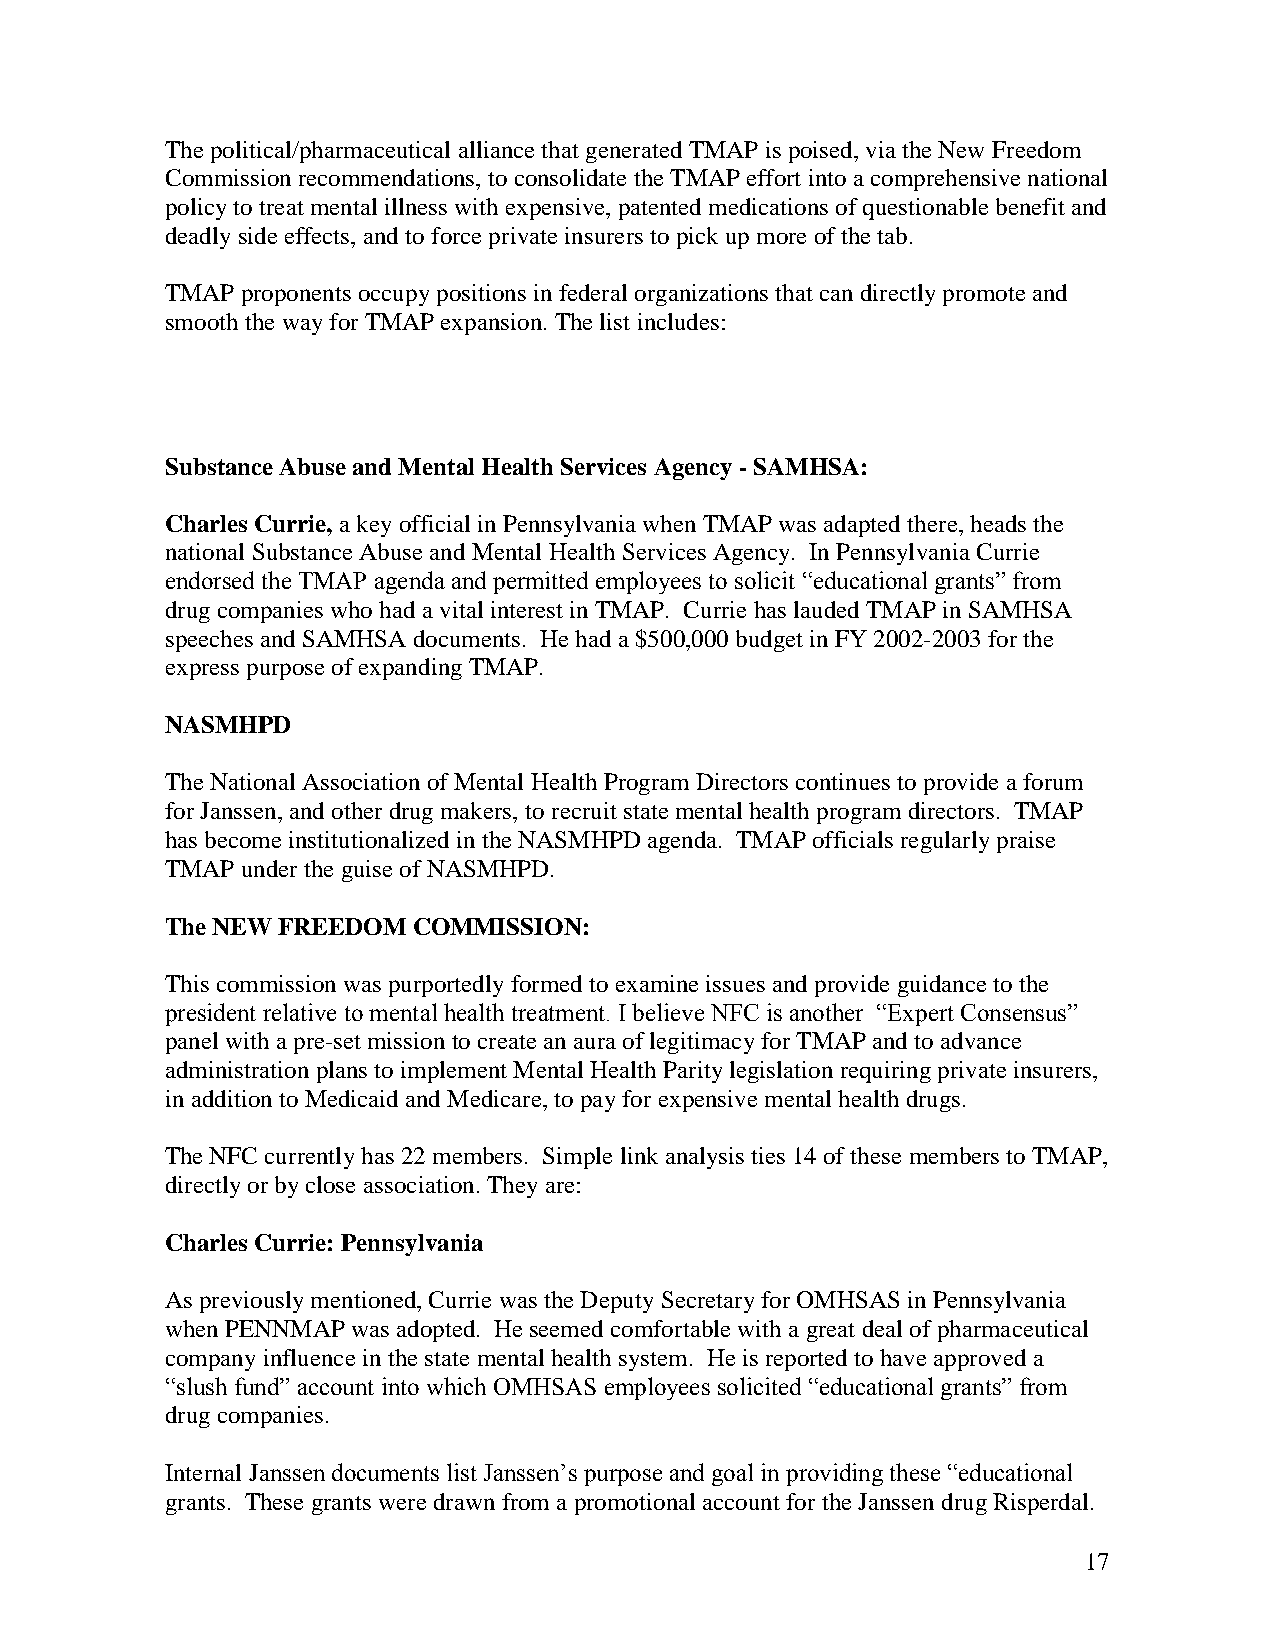
Thepolitical/pharmaceutical alliancethat generatedTMAP is poised,viatheNew Freedom
 Commissionrecommendations, toconsolidatetheTMAP effort intoacomprehensivenational
 policytotreat mental illness withexpensive,patentedmedications ofquestionablebenefit and
 deadlysideeffects, andtoforceprivateinsurers topickupmoreofthetab.
 TMAP proponents occupypositions infederal organizations that candirectlypromoteand
 smooththewayforTMAP expansion.Thelist includes:
 SubstanceAbuseandMental Health Services Agency -SAMHSA:
 Charles Currie, akeyofficial inPennsylvaniawhenTMAP was adaptedthere,heads the
 national SubstanceAbuseandMental HealthServices Agency. InPennsylvaniaCurrie
 endorsed the TMAP agenda and permitted employees to solicit “educational grants” from
 drugcompanies whohad avital interest inTMAP. Curriehas laudedTMAP inSAMHSA
 speeches andSAMHSA documents. Hehad a$500,000budget in FY2002-2003forthe
 express purposeofexpandingTMAP.
 NASMHPD
 TheNational Association ofMental HealthProgram Directors continues to provideaforum
 forJanssen,andotherdrugmakers, torecruit statemental healthprogram directors. TMAP
 has becomeinstitutionalizedintheNASMHPDagenda. TMAP officials regularlypraise
 TMAP underthe guiseof NASMHPD.
 TheNEWFREEDOM   COMMISSION:
 This commissionwas purportedlyformedto examineissues andprovide guidancetothe
 president relative to mental health treatment. I believe NFC is another “Expert Consensus”
 panel withapre-set mission tocreate anauraoflegitimacyforTMAP andtoadvance
 administrationplans toimplement Mental Health Paritylegislationrequiringprivateinsurers,
 inadditiontoMedicaidandMedicare,topayfor expensivemental healthdrugs.
 TheNFC currentlyhas 22members. Simplelinkanalysis ties 14ofthese members toTMAP,
 directlyorbyclose association.Theyare:
 Charles Currie: Pennsylvania
 As previouslymentioned,Curriewas theDeputySecretaryforOMHSAS inPennsylvania
 whenPENNMAP was adopted. Heseemedcomfortablewitha great deal ofpharmaceutical
 companyinfluenceinthe statemental healthsystem. Heis reportedtohaveapproved a
 “slush fund” account into which OMHSAS employees solicited “educational grants” from
 drugcompanies.
 Internal Janssen documents list Janssen’s purpose and goal in providing these “educational
 grants. These grants weredrawn from apromotional account fortheJanssendrugRisperdal.
 17